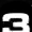
Digit: 3